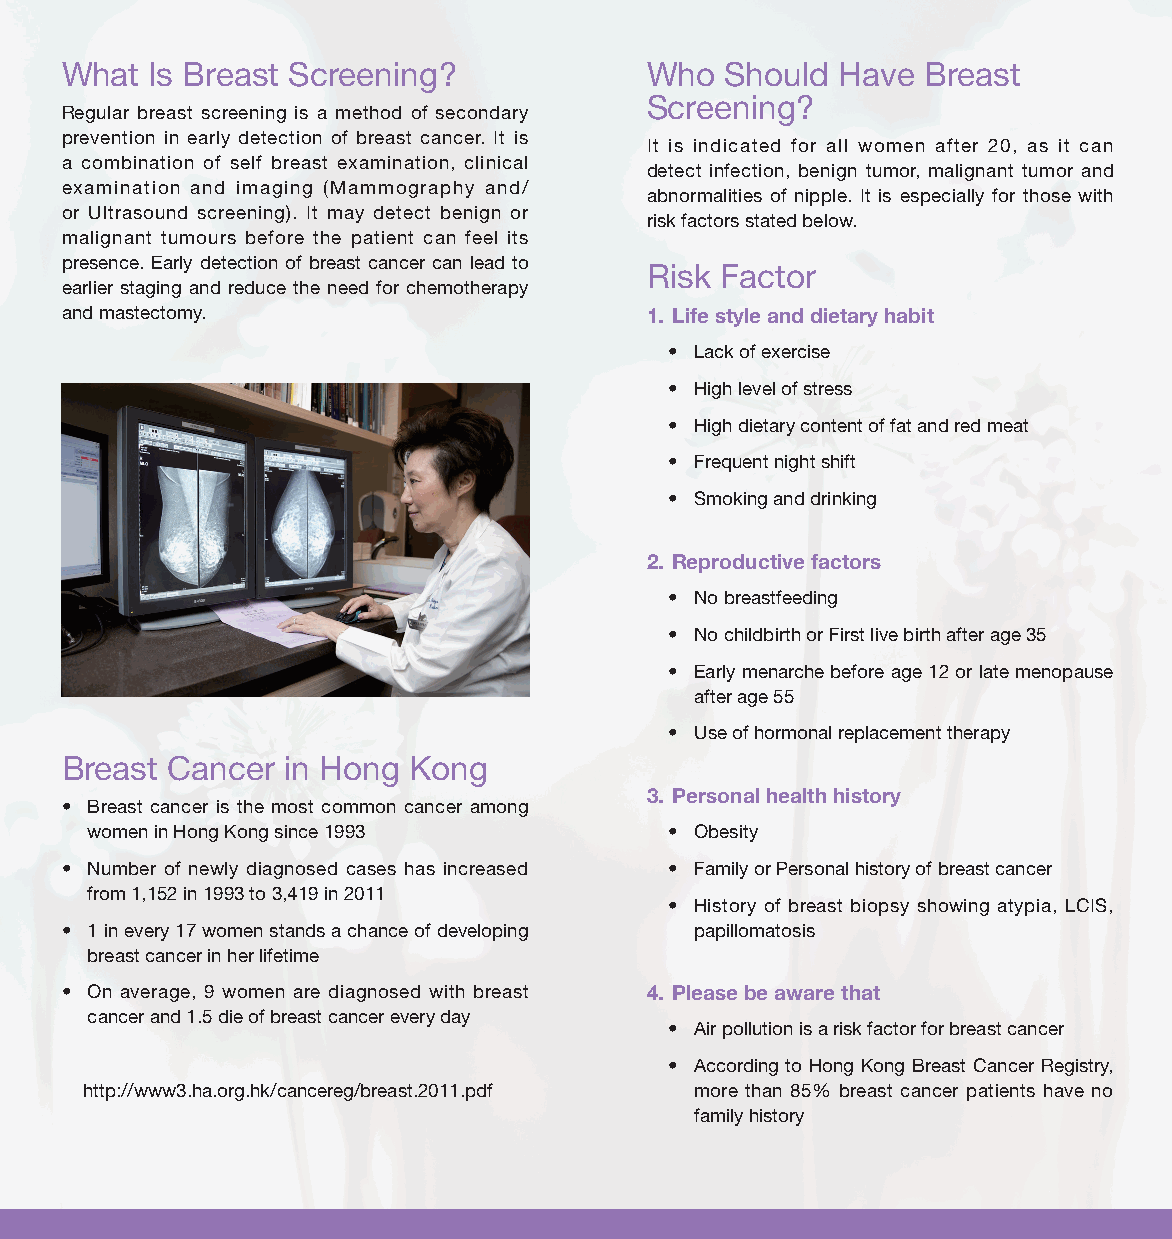
What  Is Breast Screening?             Who  Should Have  Breast
 Screening?
 Regular breast screening is a method of secondary
 prevention in early detection of breast cancer. It is
 It is indicated for all women after 20, as it can
 a combination of self breast examination, clinical
 detect infection, benign tumor, malignant tumor and
 examination and imaging (Mammography and/
 abnormalities of nipple. It is especially for those with
 or Ultrasound screening). It may detect benign or
 risk factors stated below.
 malignant tumours before the patient can feel its
 presence. Early detection of breast cancer can lead to
 Risk Factor
 earlier staging and reduce the need for chemotherapy
 and mastectomy.                        1. Life style and dietary habit
 • Lack of exercise
 • High level of stress
 • High dietary content of fat and red meat
 • Frequent night shift
 • Smoking and drinking
 2. Reproductive factors
 • No breastfeeding
 • No childbirth or First live birth after age 35
 • Early menarche before age 12 or late menopause
 after age 55
 • Use of hormonal replacement therapy
 Breast Cancer  in Hong Kong
 3. Personal health history
 • Breast cancer is the most common cancer among
 women in Hong Kong since 1993         • Obesity
 • Number of newly diagnosed cases has increased • Family or Personal history of breast cancer
 from 1,152 in 1993 to 3,419 in 2011
 • History of breast biopsy showing atypia, LCIS,
 • 1 in every 17 women stands a chance of developing papillomatosis
 breast cancer in her lifetime
 • On average, 9 women are diagnosed with breast 4. Please be aware that
 cancer and 1.5 die of breast cancer every day
 • Air pollution is a risk factor for breast cancer
 • According to Hong Kong Breast Cancer Registry,
 http://www3.ha.org.hk/cancereg/breast.2011.pdf more than 85% breast cancer patients have no
 family history